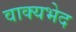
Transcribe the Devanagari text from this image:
वाक्यभेद